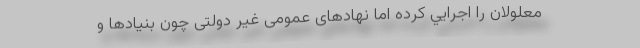
معلولان را اجرايي كرده اما نهادهاى عمومى غير دولتى چون بنيادها و